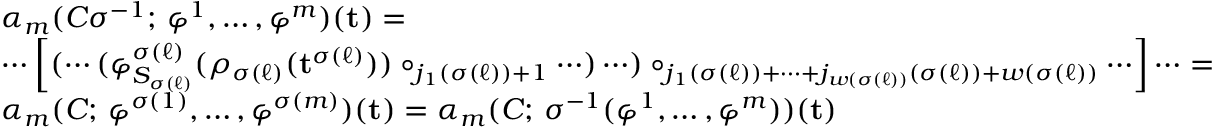
\begin{array} { r l } & { \alpha _ { m } ( C \sigma ^ { - 1 } ; \, \varphi ^ { 1 } , \dots , \varphi ^ { m } ) ( \mathbf { t } ) = } \\ & { \cdots \left[ ( \cdots ( \varphi _ { S _ { \sigma ( \ell ) } } ^ { \sigma ( \ell ) } ( \rho _ { \sigma ( \ell ) } ( \mathbf { t } ^ { \sigma ( \ell ) } ) ) \circ _ { j _ { 1 } ( \sigma ( \ell ) ) + 1 } \cdots ) \cdots ) \circ _ { j _ { 1 } ( \sigma ( \ell ) ) + \dots + j _ { w ( \sigma ( \ell ) ) } ( \sigma ( \ell ) ) + w ( \sigma ( \ell ) ) } \cdots \right] \cdots = } \\ & { \alpha _ { m } ( C ; \, \varphi ^ { \sigma ( 1 ) } , \dots , \varphi ^ { \sigma ( m ) } ) ( \mathbf { t } ) = \alpha _ { m } ( C ; \, \sigma ^ { - 1 } ( \varphi ^ { 1 } , \dots , \varphi ^ { m } ) ) ( \mathbf { t } ) } \end{array}